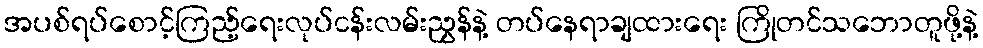
အပစ်ရပ်စောင့်ကြည့်ရေးလုပ်ငန်းလမ်းညွှန်နဲ့ တပ်နေရာချထားရေး ကြိုတင်သဘောတူဖို့နဲ့